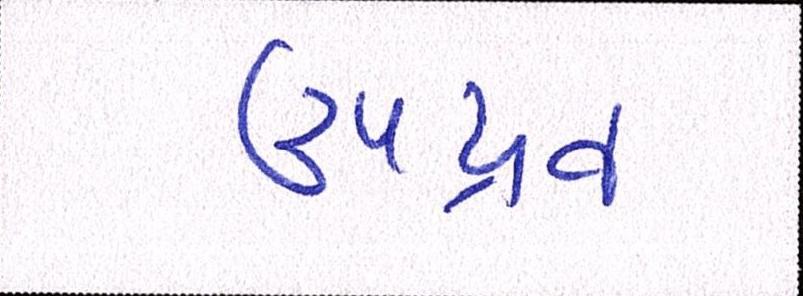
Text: ઉપદ્રવ